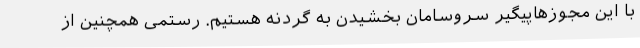
با این مجوزهاپیگیر سروسامان بخشیدن به گردنه هستیم. رستمی همچنین از